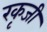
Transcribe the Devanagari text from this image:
रकृजी